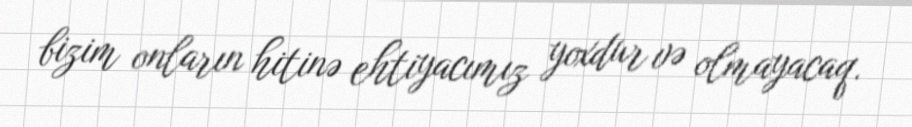
bizim onların hitinə ehtiyacımız yoxdur və olmayacaq.